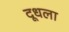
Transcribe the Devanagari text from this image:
दूधला